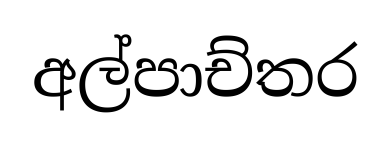
අල්පාච්තර